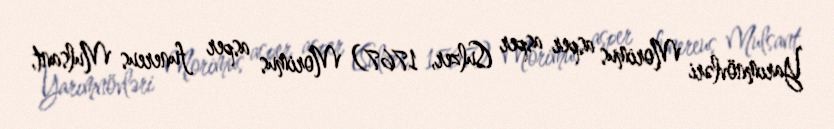
Yarımnövləri Morimus asper asper (Sulzer, 1767) Morimus asper funereus Mulsant,